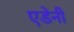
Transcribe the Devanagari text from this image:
एडेनी